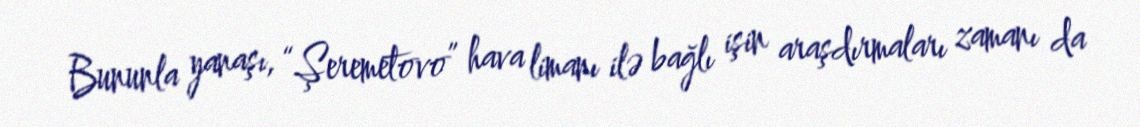
Bununla yanaşı, “Şeremetovo” hava limanı ilə bağlı işin araşdırmaları zamanı da